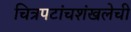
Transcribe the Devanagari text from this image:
चित्रपटांचशंखलेची